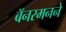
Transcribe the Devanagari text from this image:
बॅनरमनने